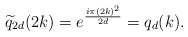
\begin{align*}\widetilde{q}_{2d}(2k)=e^{\frac{i\pi (2k)^2}{2d}}=q_d(k). \end{align*}